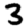
Digit: 3